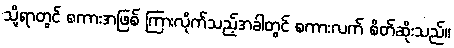
သို့ရာတွင် စကားအဖြစ် ကြားလိုက်သည့်အခါတွင် စကားလက် စိတ်ဆိုးသည်။